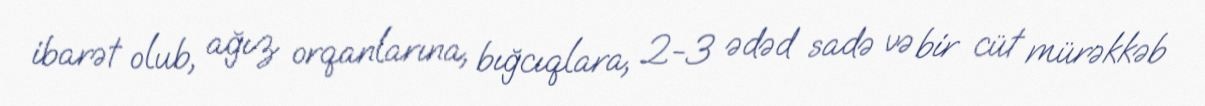
ibarət olub, ağız orqanlarına, bığcıqlara, 2-3 ədəd sadə və bir cüt mürəkkəb